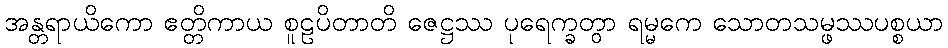
အန္တရာယိကော ဧတ္တိကာယ စူဠပိတာတိ ဇေဋ္ဌဿ ပုရေက္ခတွာ ရမ္မကေ သောတသမ္ဖဿပစ္စယာ